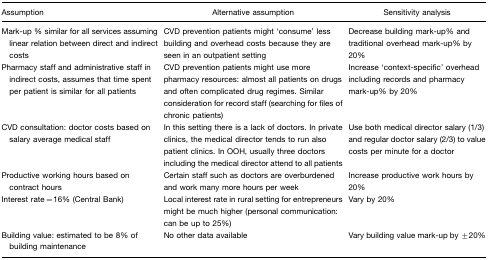
| Assumption | Alternative assumption | Sensitivity analysis |
 | --- | --- | --- |
 | Mark-up % similar for all services assuming linear relation between direct and indirect costs | CVD prevention patients might ‘consume’ less building and overhead costs because they are seen in an outpatient setting | Decrease building mark-up% and traditional overhead mark-up% by 20% |
 | Pharmacy staff and administrative staff in indirect costs, assumes that time spent per patient is similar for all patients | CVD prevention patients might use more pharmacy resources: almost all patients on drugs and often complicated drug regimes. Similar consideration for record staff (searching for files of chronic patients) | Increase ‘context-specific’ overhead including records and pharmacy mark-up% by 20% |
 | CVD consultation: doctor costs based on salary average medical staff | In this setting there is a lack of doctors. In private clinics, the medical director tends to run also patient clinics. In OOH, usually three doctors including the medical director attend to all patients | Use both medical director salary (1/3) and regular doctor salary (2/3) to value costs per minute for a doctor |
 | Productive working hours based on contract hours | Certain staff such as doctors are overburdened and work many more hours per week | Increase productive work hours by 20% |
 | Interest rate=16% (Central Bank) | Local interest rate in rural setting for entrepreneurs might be much higher (personal communication: can be up to 25%) | Vary by 20% |
 | Building value: estimated to be 8% of building maintenance | No other data available | Vary building value mark-up by ±20% |